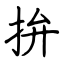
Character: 拚